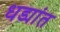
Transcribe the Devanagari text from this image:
धड्यांत